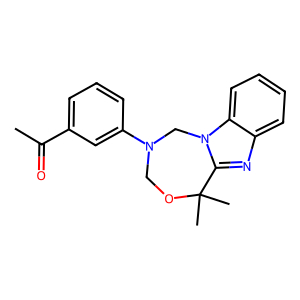
SMILES: CC(=O)c1cccc(N2COC(C)(C)c3nc4ccccc4n3C2)c1
Inhibits HIV replication: No